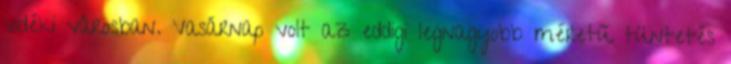
vidéki városban. Vasárnap volt az eddigi legnagyobb méretű tüntetés